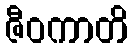
ဇီဝကာတိ